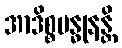
အာဒိစ္စဗန္ဓုနန္တိ